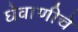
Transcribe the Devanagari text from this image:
घेवाणीचे